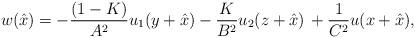
LaTeX: \begin{align*}w (\hat x) = - \frac{(1-K)}{A^2} u_1 (y + \hat x ) - \frac{K}{B^2} u_2 (z + \hat x )\, + \frac{1}{C^2}u (x + \hat x) , \end{align*}